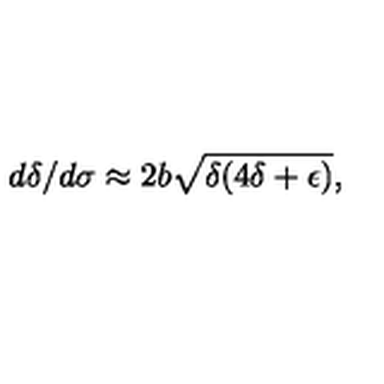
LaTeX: d \delta / d \sigma \approx 2 b \sqrt { \delta ( 4 \delta + \epsilon ) } ,